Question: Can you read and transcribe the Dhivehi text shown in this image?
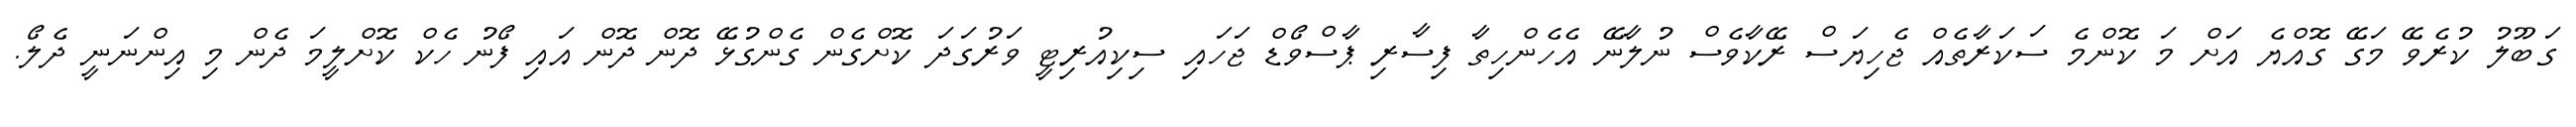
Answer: ގަބޫލު ކުރެވޭ މަގޭ ގޮއްޔެ އަށް މަ ކޮންމެ ސަކަރާތެއް ޖެހިޔަސް ރޭކާވެސް ނުލާނޭ އެހެންހިތާ ފިސާރި ޕާސްވޯޑް ޖަހައި ސިކިއުރިޓީ ވަރުގަދަ ކޮށްގެން ގެންގުޅޭ ދޮން ދޮން އައި ފޯނު ހެކް ކޮށްލީމަ ދެން މި އިންނަނީ ދެލޯ.